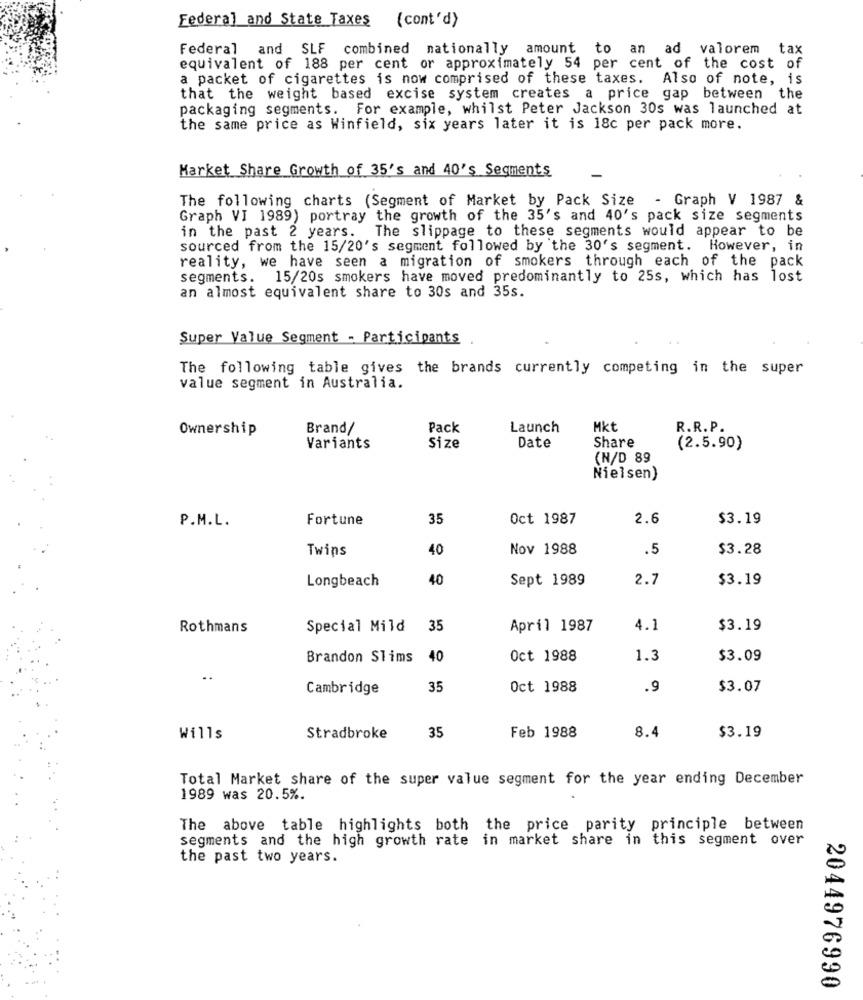
Federal and State Taxes (cont'd)
Federal and SLF combined nationally amount to an ad valorem
tax
equivalent of 188 per cent or approximately 54 per cent of the cost of
a packet of cigarettes is now comprised of these taxes. Also of note, is
that the weight based excise system creates a price gap between the
packaging segments. For example, whilst Peter Jackson 30s was launched at
the same price as Winfield, six years later it is 18c per pack more.
Market Share Growth of 35's and 40's Segments
The following charts (Segment of Market by Pack Size
Graph V 1987 &
Graph VI 1989) portray the growth of the 35's and 40's pack size segments
in the past 2 years. The slippage to these segments would appear to be
sourced from the 15/20's segment followed by the 30's segment. However, in
reality, we have seen a migration of smokers through each of the pack
segments. 15/20s smokers have moved predominantly to 25s, which has lost
an almost equivalent share to 30s and 35s.
Super Value Segment - Participants
The following table gives the brands currently competing in the super
value segment in Australia.
Ownership
Brand/
Pack
Launch
Mkt
R.R.P.
Share
Variants
Size
Date
(2.5.90)
(N/D 89
Nielsen)
P.M.L.
Fortune
35
Oct 1987
2.6
$3.19
Twins
40
Nov 1988
.5
$3.28
Longbeach
40
Sept 1989
2.7
$3.19
Rothmans
Special Mild
35
April 1987
4.1
$3.19
Brandon Slims 4
Oct 1988
1.3
$3.09
..
Cambridge
35
Oct 1988
.9
$3.07
Wills
Stradbroke
35
Feb 1988
8.4
$3.19
Total Market share of the super value segment for the year ending December
1989 was 20.5%.
The above table highlights both the price parity principle between
segments and the high growth rate in market share in this segment over
the past two years.
2044976990